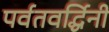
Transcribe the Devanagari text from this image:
पर्वतवर्द्धिनी